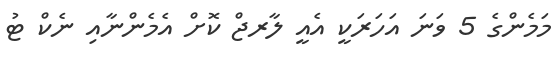
މަމެންގެ 5 ވަނަ އަހަރަކީ އެއީ ލާރޖް ކޮށް އެމެންނާއި ނެކް ޓު